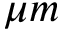
\mu m